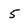
Character: 5